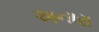
અનારા